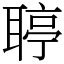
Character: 聤